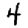
Digit: 4